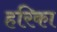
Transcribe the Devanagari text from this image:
हरिका